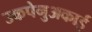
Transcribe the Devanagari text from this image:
उकपेनुअकाई